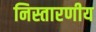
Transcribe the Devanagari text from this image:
निस्तारणीय